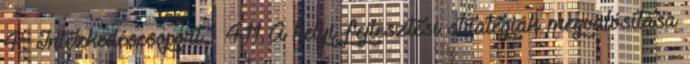
4. Intézkedéscsoport - 411 A helyi fejlesztési stratégiák megvalósítása